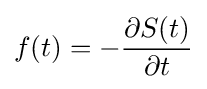
f(t)=-{\frac {\partial S(t)}{\partial t}}